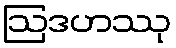
ဩဒဟဿု